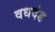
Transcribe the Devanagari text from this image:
वधदंड